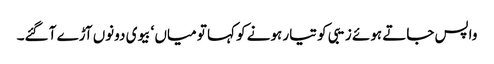
واپس جاتے ہوئے زیبی کو تیار ہونے کو کہا تو میاں ‘ بیوی دونوں آڑے آ گئے۔